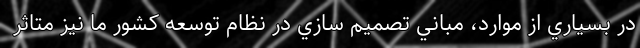
در بسياري از موارد، مباني تصميم سازي در نظام توسعه كشور ما نيز متاثر